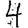
Digit: 4